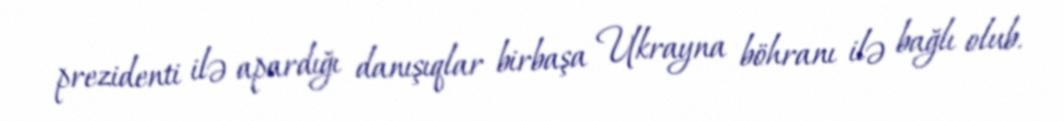
prezidenti ilə apardığı danışıqlar birbaşa Ukrayna böhranı ilə bağlı olub.